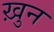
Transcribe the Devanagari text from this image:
ख़ुन